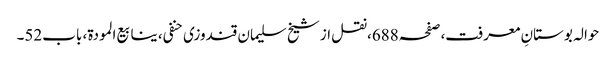
حوالہ بوستانِ معرفت،صفحہ688،نقل از شیخ سلیمان قندوزی حنفی، ینابیع المودة، باب52۔